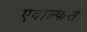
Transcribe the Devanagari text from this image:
एदाल्फस